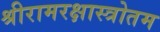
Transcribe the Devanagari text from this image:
श्रीरामरक्षास्त्रोतम